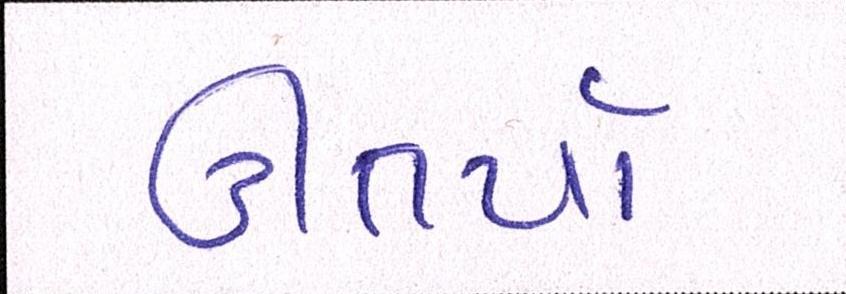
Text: ઊતર્યાં